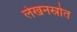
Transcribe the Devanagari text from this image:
लेखनस्रोत